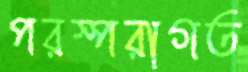
পরস্পরাগত